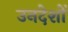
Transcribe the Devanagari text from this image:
उनदेशों